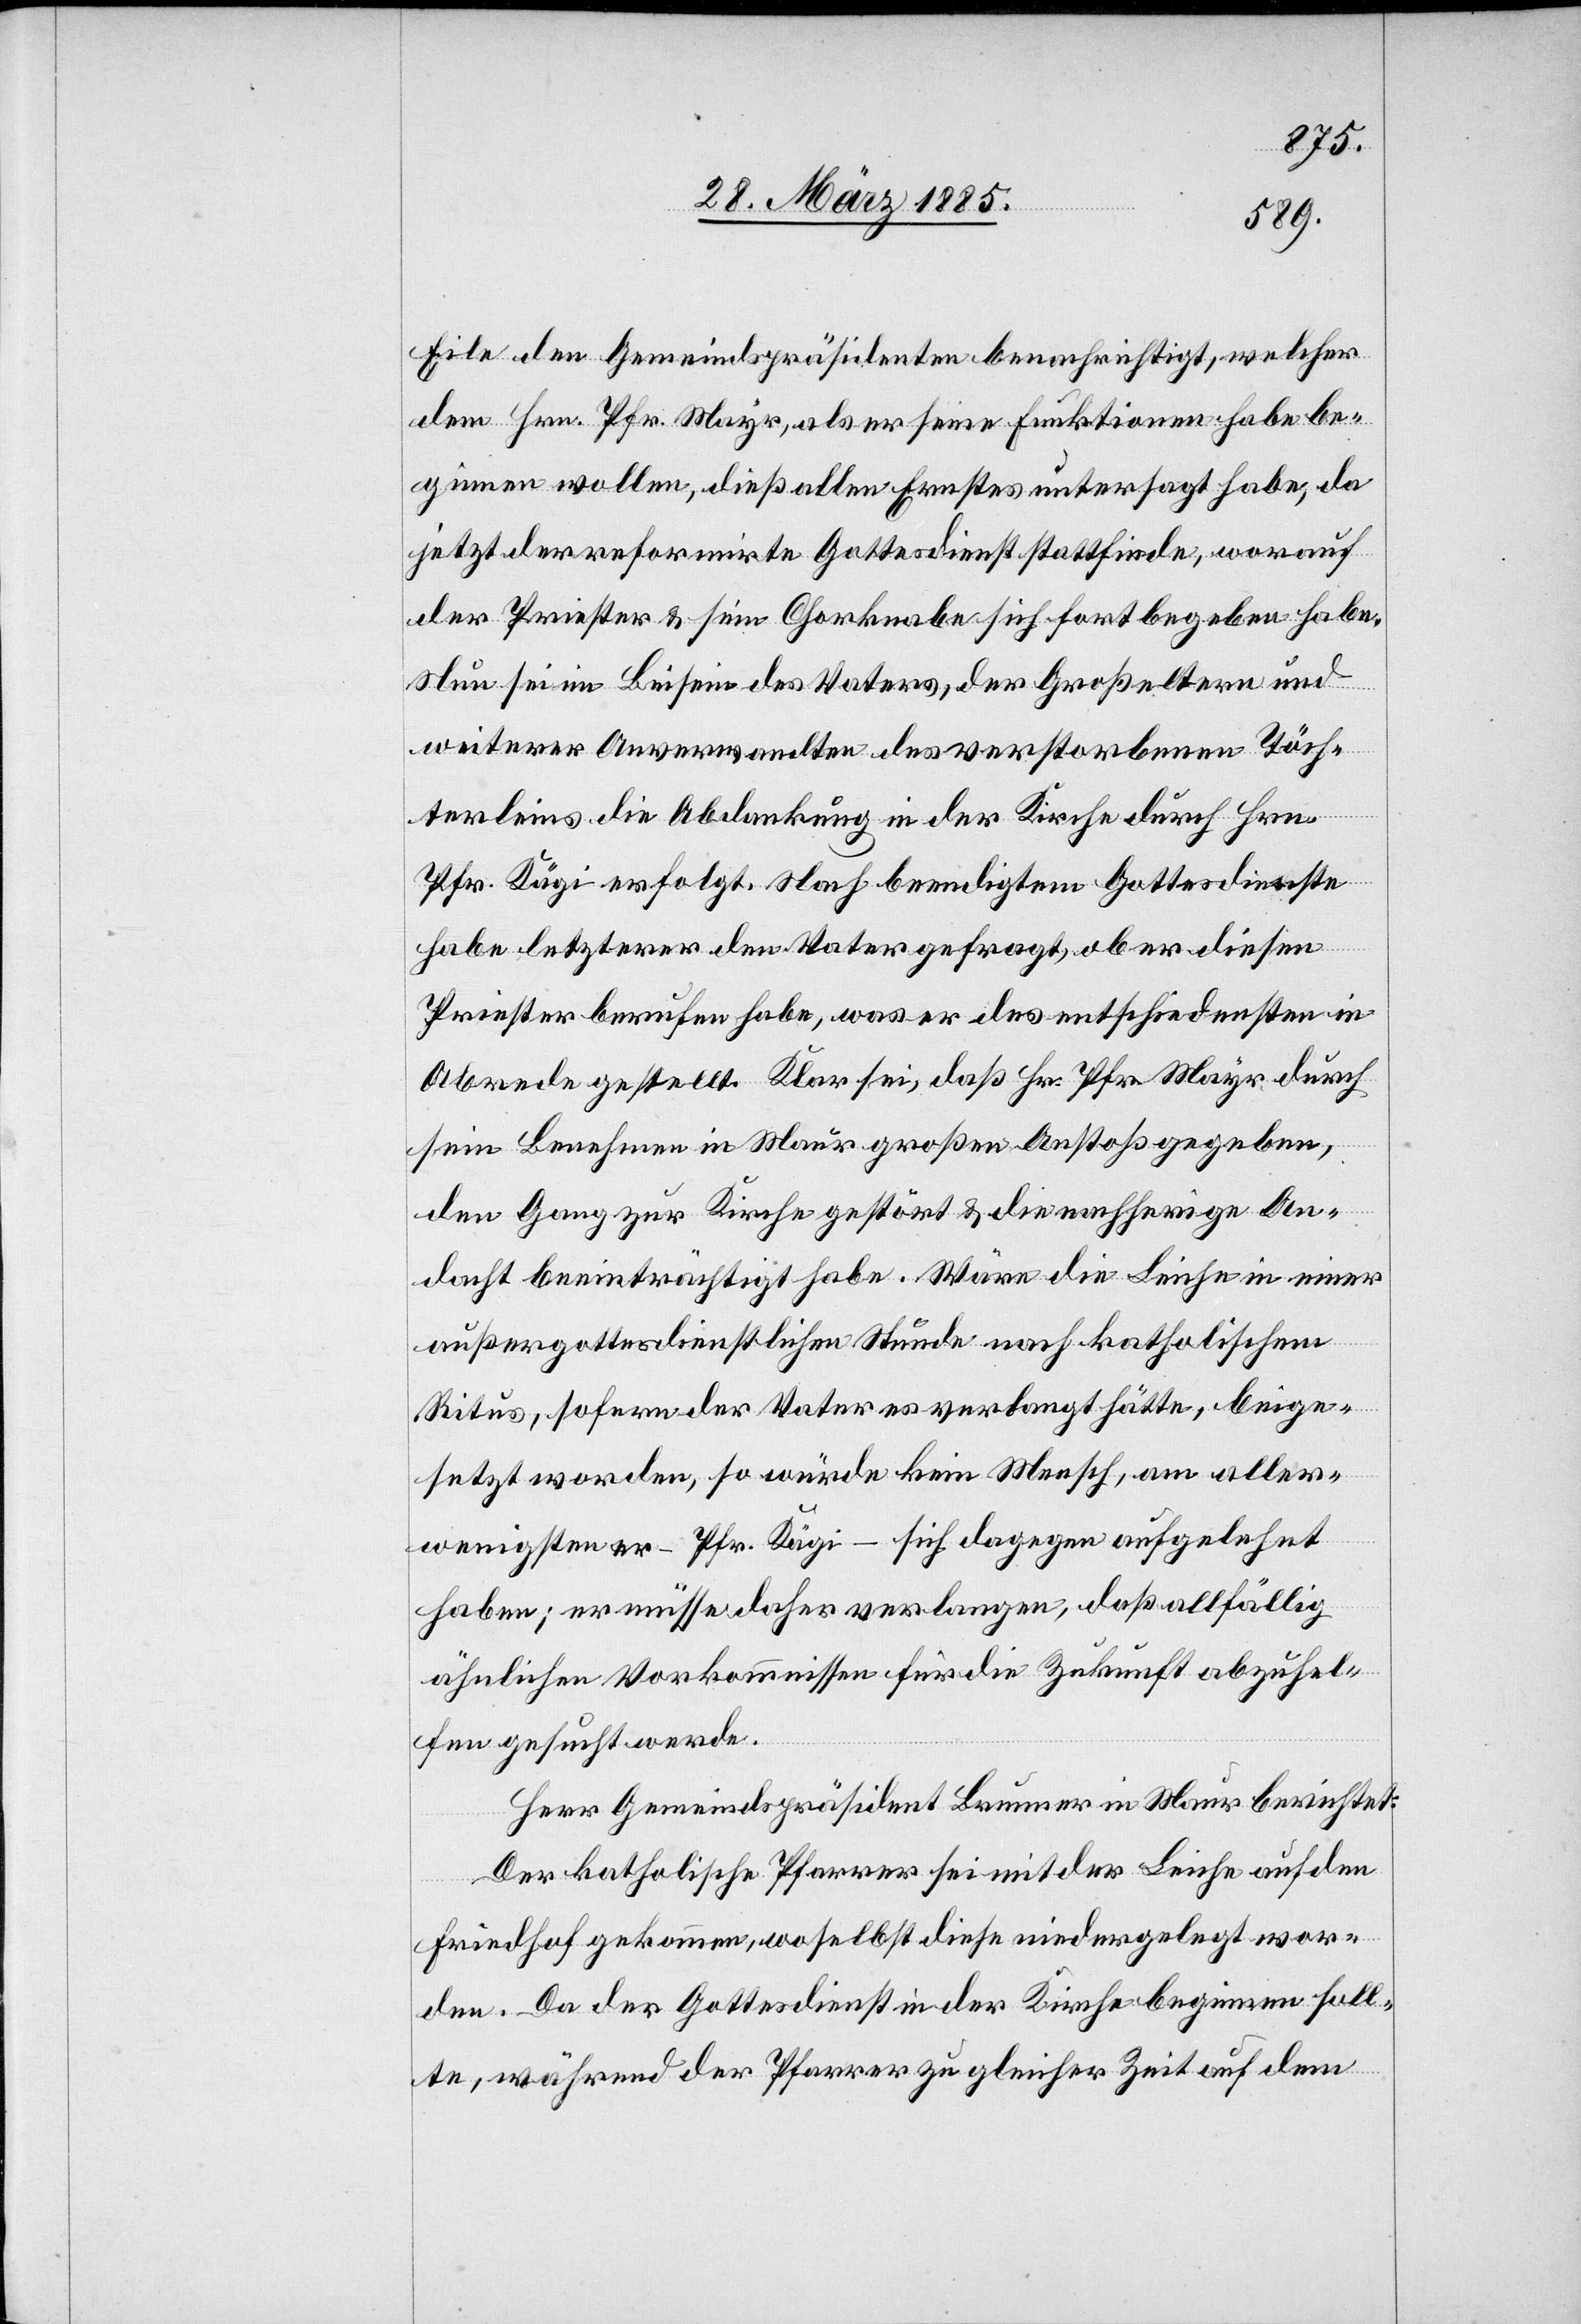
Eile den Gemeindspräsidenten benachrichtigt, welcher
den Hrn. Pfr. Mayr, als er seine Funktionen habe be¬
ginnen wollen, dieß allen Ernstes untersagt habe, da
jetzt der reformirte Gottesdienst stattfinde, worauf
der Priester & sein Chorknabe sich fortbegeben habe.
Nun sei im Beisein des Vaters, der Großeltern und
weiterer Anverwandten des verstorbenen Töch¬
terleins die Abdankung in der Kirche durch Hrn.
Pfr. Kägi erfolgt. Nach beendigtem Gottesdienste
habe letzterer den Vater gefragt, ob er diesen
Priester berufen habe, was er des entschiedensten in
Abrede gestellt. Klar sei, daß Hr. Pfr. Mayr durch
sein Benehmen in Maur großen Anstoß gegeben,
den Gang zur Kirche gestört & die nachherige An¬
dacht beeinträchtigt habe. Wäre die Leiche in einer
außergottesdienstlichen Stunde nach katholischem
Ritus, sofern der Vater es verlangt hätte, beige¬
setzt worden, so würde kein Mensch, am aller¬
wenigsten er – Pfr. Kägi – sich dagegen aufgelehnt
haben; er müsse daher verlangen, daß allfällig
ähnlichen Vorkommnissen für die Zukunft abzuhel¬
fen gesucht werde.
Herr Gemeindspräsident Brunner in Maur berichtet:
Der katholische Pfarrer sei mit der Leiche auf den
Friedhof gekommen, wo selbst diese niedergelegt wor¬
den. Da der Gottesdienst in der Kirche beginnen soll¬
te, während der Pfarrer zu gleicher Zeit auf dem